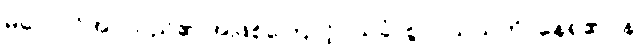
မလောင်အပ်သည်၏ အဖြစ်ကြောင့်။ သုခံ၊ စွာ။ သယတိ၊ နေရ၏။ န